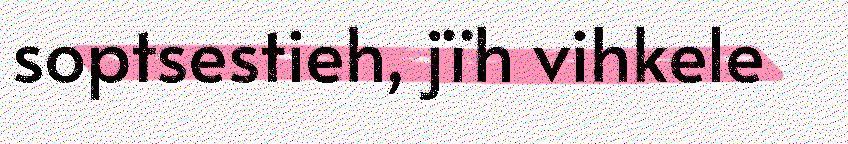
soptsestieh, jïh vihkele